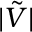
| \tilde { V } |